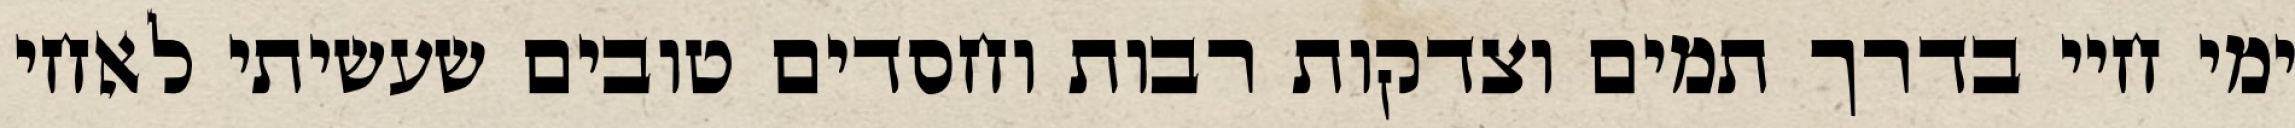
ימי חיי בדרך תמים וצדקות רבות וחסדים טובים שעשיתי לאחי